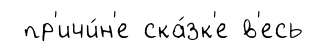
пр'ичи́н'е ска́зк'е в'есь